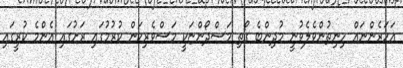
އަހަރެންނައް ހިނިތުންވެލެވުނީ މުދިންބެ ގޯތި މަސްދޯންޏަކީ މަސްވެރިކަން ކުރުމުގައި ރަށުގައި އެންމެ ކުރީގައި